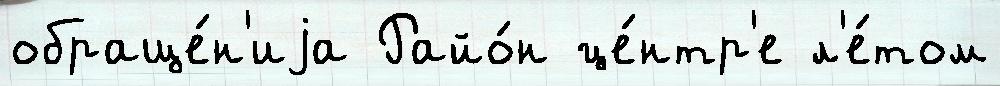
обраще́н'иjа Райо́н це́нтр'е л'е́том